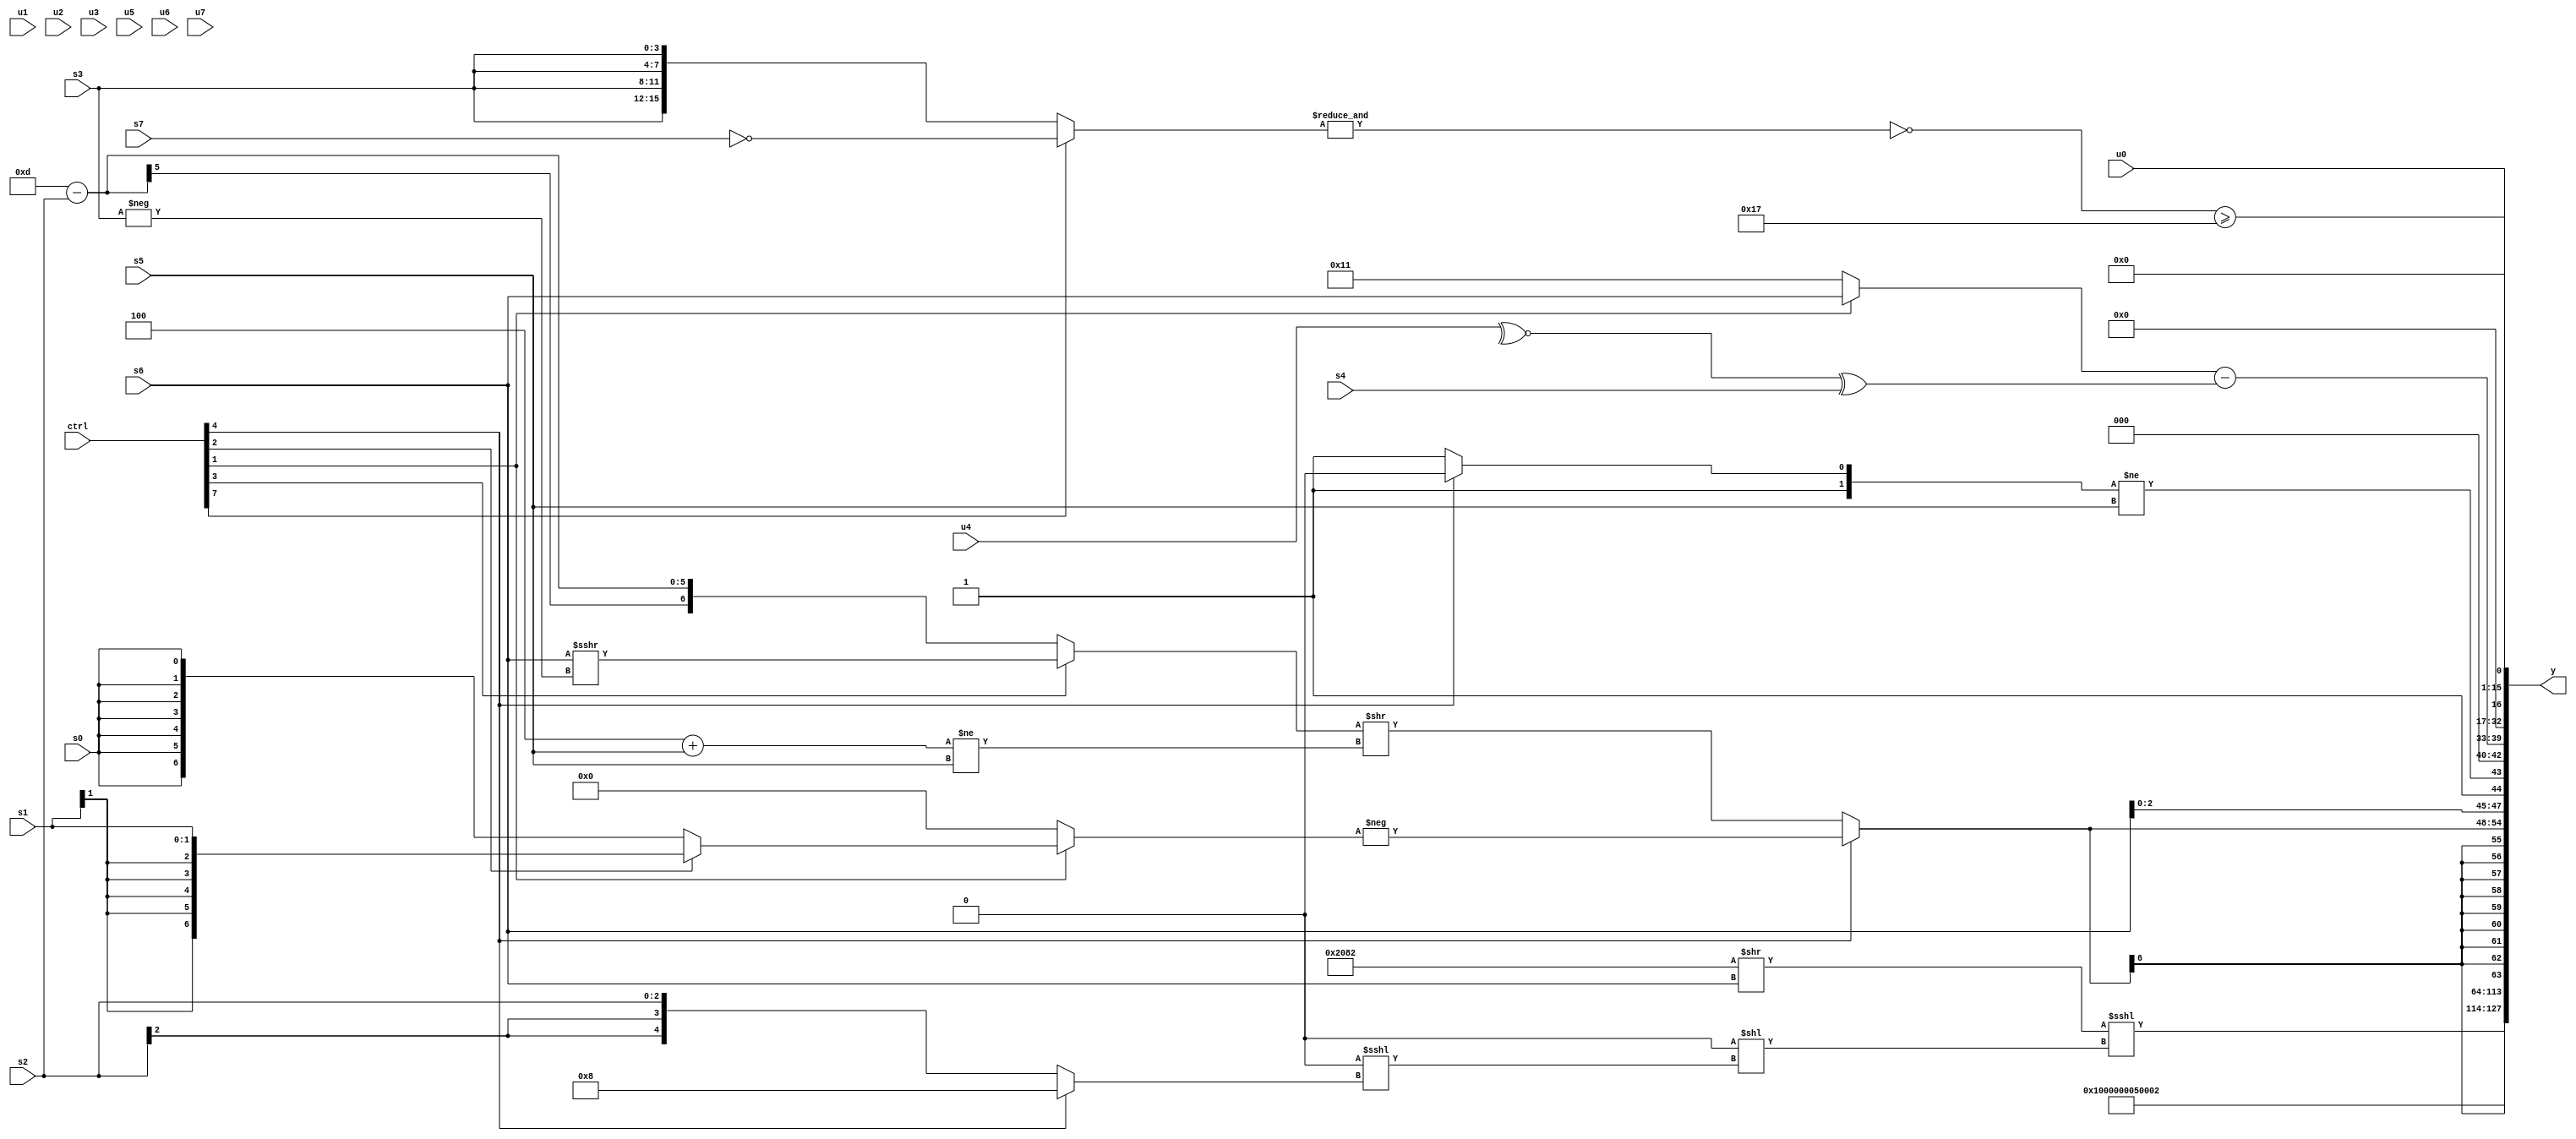
module wideexpr_00584(ctrl, u0, u1, u2, u3, u4, u5, u6, u7, s0, s1, s2, s3, s4, s5, s6, s7, y);
  input [7:0] ctrl;
  input [0:0] u0;
  input [1:0] u1;
  input [2:0] u2;
  input [3:0] u3;
  input [4:0] u4;
  input [5:0] u5;
  input [6:0] u6;
  input [7:0] u7;
  input signed [0:0] s0;
  input signed [1:0] s1;
  input signed [2:0] s2;
  input signed [3:0] s3;
  input signed [4:0] s4;
  input signed [5:0] s5;
  input signed [6:0] s6;
  input signed [7:0] s7;
  output [127:0] y;
  wire [15:0] y0;
  wire [15:0] y1;
  wire [15:0] y2;
  wire [15:0] y3;
  wire [15:0] y4;
  wire [15:0] y5;
  wire [15:0] y6;
  wire [15:0] y7;
  assign y = {y0,y1,y2,y3,y4,y5,y6,y7};
  assign y0 = {u3,s1,((+({3{6'b000010}}))>>(s6))<<<((((ctrl[1]?s2:6'sb001001))<<($signed(6'sb011000)))<<(((s3)<<(3'b111))<<<((ctrl[4]?5'sb01000:s2)))),$signed(-(2'sb11))};
  assign y1 = $signed(1'sb0);
  assign y2 = $unsigned(5'sb00101);
  assign y3 = 3'sb010;
  assign y4 = $signed((ctrl[4]?-((ctrl[1]?(ctrl[2]?$signed(s1):(ctrl[2]?1'sb0:s0)):$signed(1'b0))):((ctrl[3]?(s6)>>>(-(s3)):(+(6'sb001101))-($signed(s2))))>>(((3'sb100)+($unsigned(s5)))!=(s5))));
  assign y5 = ({{({$signed(u1),$signed(s0)})&({2'sb10,(s3)^~(s4),-(4'sb1001),(s3)>>>(s2)}),6'sb101011,s6,1'sb1},((ctrl[4]?2'sb10:$signed(~&(6'sb110111))))!=(s5),3'b000,($unsigned((ctrl[1]?(ctrl[4]?s6:s6):6'sb010001)))-({1{(~^(u4))^($unsigned(s4))}})})<<(^({($signed((2'sb00)-(5'sb11000)))^($signed((s5)<<<(3'sb110)))}));
  assign y6 = (~&((ctrl[7]?~($signed(s7)):{1{{4{s3}}}})))>=(6'b010111);
  assign y7 = u0;
endmodule